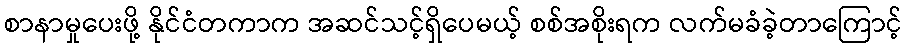
စာနာမှုပေးဖို့ နိုင်ငံတကာက အဆင်သင့်ရှိပေမယ့် စစ်အစိုးရက လက်မခံခဲ့တာကြောင့်